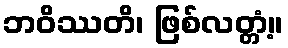
ဘဝိဿတိ၊ ဖြစ်လတ္တံ့။